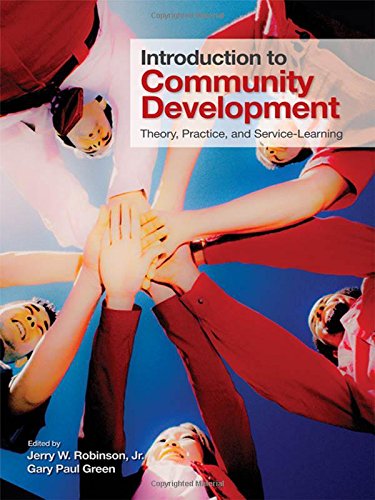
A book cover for Introduction to Community Development: Theory, Practice, and Service-Learning; Jerry W. Robinson; Business & Money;